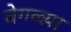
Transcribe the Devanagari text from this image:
वेगळ्य़ा